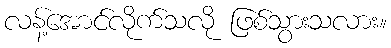
လန့်အောင်လိုက်သလို ဖြစ်သွားသလား။